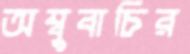
অম্বুবাচির